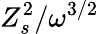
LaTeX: Z_{s}^{2}/\omega^{3/2}